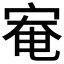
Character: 𫳑